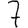
Digit: 7